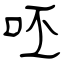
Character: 呸